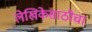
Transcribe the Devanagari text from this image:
लेखिकेसाठीचा